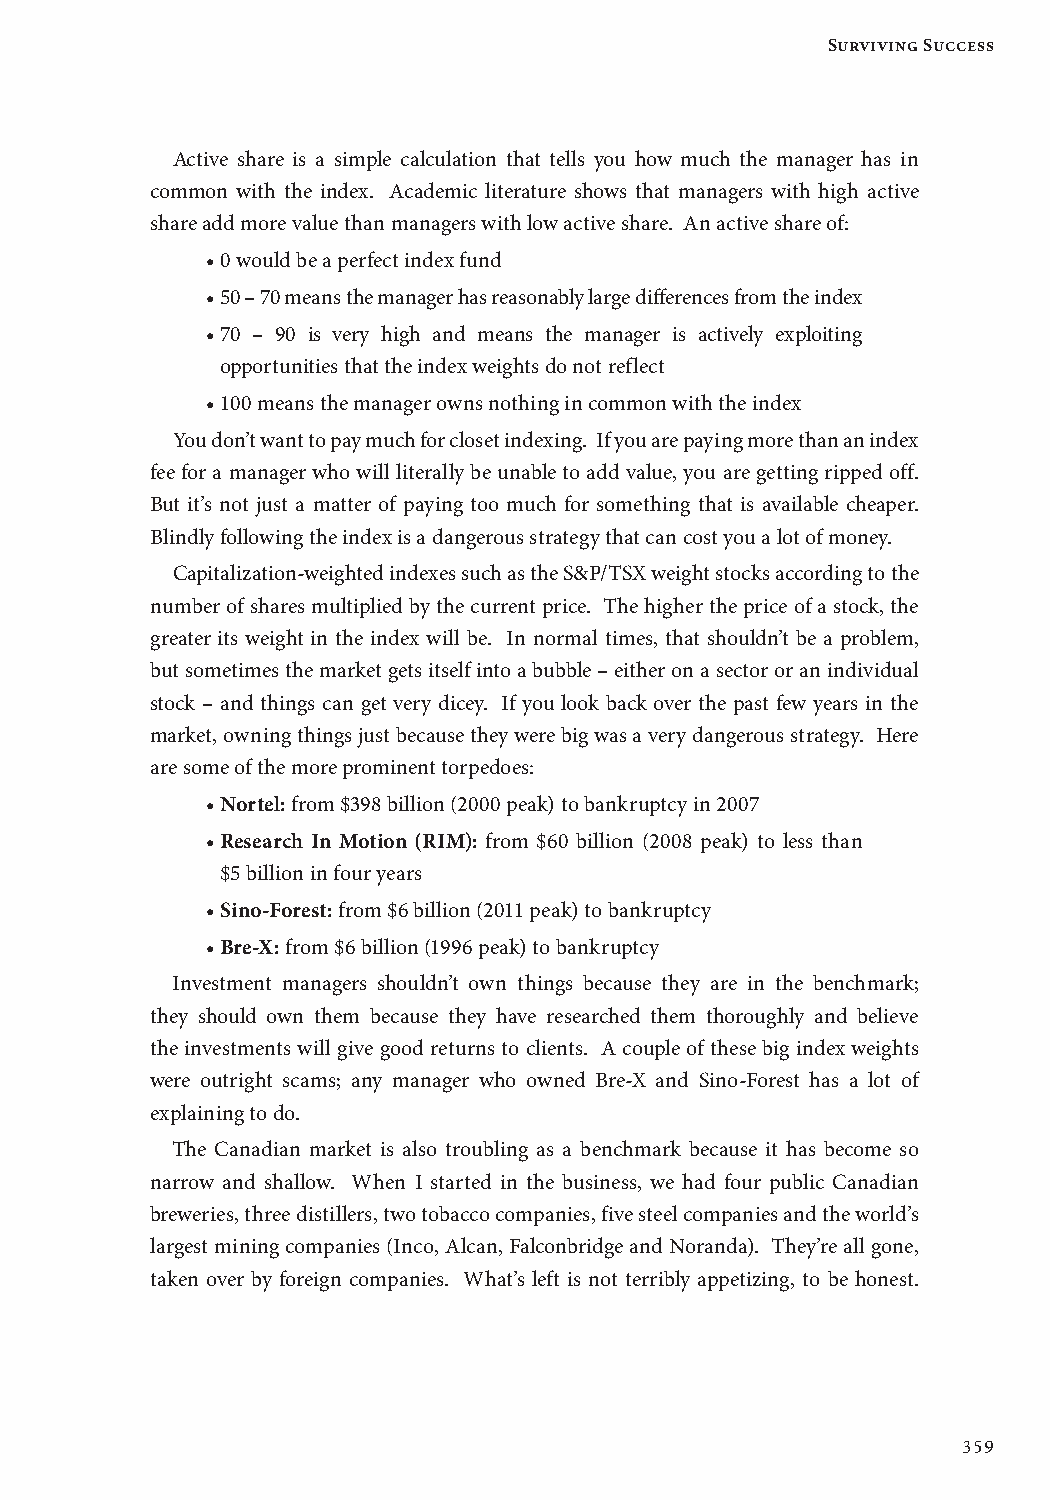
Surviving Success
 Active share is a simple calculation that tells you how much the manager has in
 common with the index. Academic literature shows that managers with high active
 share add more value than managers with low active share. An active share of:
 • 0 would be a perfect index fund
 • 50 – 70 means the manager has reasonably large differences from the index
 • 70 – 90 is very high and means the manager is actively exploiting
 opportunities that the index weights do not reflect
 • 100 means the manager owns nothing in common with the index
 You don’t want to pay much for closet indexing. If you are paying more than an index
 fee for a manager who will literally be unable to add value, you are getting ripped off.
 But it’s not just a matter of paying too much for something that is available cheaper.
 Blindly following the index is a dangerous strategy that can cost you a lot of money.
 Capitalization-weighted indexes such as the S&P/TSX weight stocks according to the
 number of shares multiplied by the current price. The higher the price of a stock, the
 greater its weight in the index will be. In normal times, that shouldn’t be a problem,
 but sometimes the market gets itself into a bubble – either on a sector or an individual
 stock – and things can get very dicey. If you look back over the past few years in the
 market, owning things just because they were big was a very dangerous strategy. Here
 are some of the more prominent torpedoes:
 • N ortel: from $398 billion (2000 peak) to bankruptcy in 2007
 • R esearch In Motion (RIM): from $60 billion (2008 peak) to less than
 $5 billion in four years
 • S ino-Forest: from $6 billion (2011 peak) to bankruptcy
 • Bre-X: from $6 billion (1996 peak) to bankruptcy
 Investment managers shouldn’t own things because they are in the benchmark;
 they should own them because they have researched them thoroughly and believe
 the investments will give good returns to clients. A couple of these big index weights
 were outright scams; any manager who owned Bre-X and Sino-Forest has a lot of
 explaining to do.
 The Canadian market is also troubling as a benchmark because it has become so
 narrow and shallow. When I started in the business, we had four public Canadian
 breweries, three distillers, two tobacco companies, five steel companies and the world’s
 largest mining companies (Inco, Alcan, Falconbridge and Noranda). They’re all gone,
 taken over by foreign companies. What’s left is not terribly appetizing, to be honest.
 359